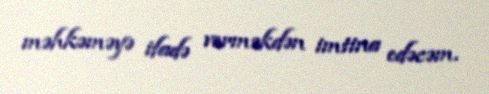
məhkəməyə ifadə verməkdən imtina edəcəm.